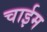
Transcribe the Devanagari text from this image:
चाईम